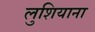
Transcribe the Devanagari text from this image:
लुशियाना